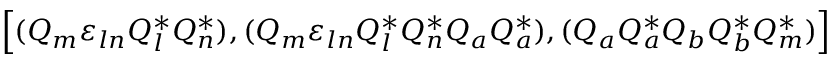
\Bigr [ ( Q _ { m } { \varepsilon } _ { l n } Q _ { l } ^ { * } Q _ { n } ^ { * } ) , ( Q _ { m } { \varepsilon } _ { l n } Q _ { l } ^ { * } Q _ { n } ^ { * } Q _ { a } Q _ { a } ^ { * } ) , ( Q _ { a } Q _ { a } ^ { * } Q _ { b } Q _ { b } ^ { * } Q _ { m } ^ { * } ) \Bigl ]